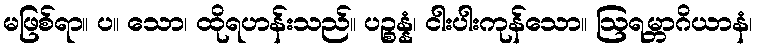
မဖြစ်ရာ။ ပ။ သော၊ ထိုရဟန်းသည်။ ပဉ္စန္နံ၊ ငါးပါးကုန်သော။ ဩရမ္ဘာဂိယာနံ၊